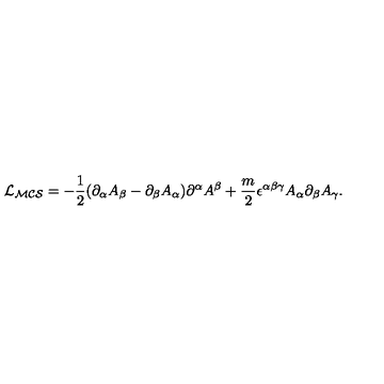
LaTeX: { \cal { L } _ { M C S } } = - \frac { 1 } { 2 } ( \partial _ { \alpha } A _ { \beta } - \partial _ { \beta } A _ { \alpha } ) \partial ^ { \alpha } A ^ { \beta } + \frac { m } { 2 } \epsilon ^ { \alpha \beta \gamma } A _ { \alpha } \partial _ { \beta } A _ { \gamma } .